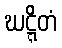
ဃဋ္ဋိတံ